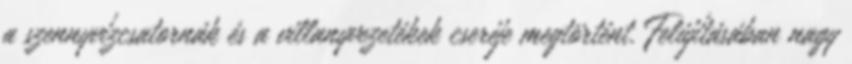
a szennyvízcsatornák és a villanyvezetékek cseréje megtörtént. Felújításában nagy